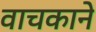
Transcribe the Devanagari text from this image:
वाचकाने